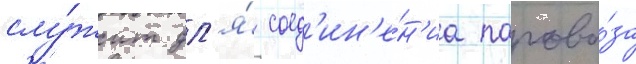
слу́жит дл'я́ соед'ин'е́н'иа парово́за